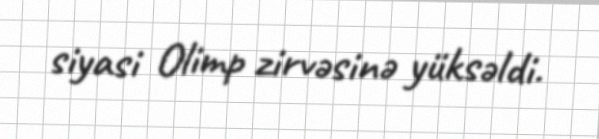
siyasi Olimp zirvəsinə yüksəldi.